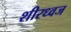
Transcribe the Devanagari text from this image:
शीरध्वज